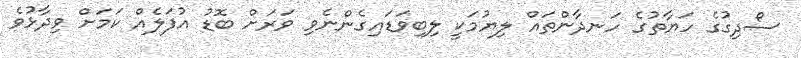
ސޯދިގުގެ ހަޔާތުގެ ހަނދާންތައް ލިޔުމަކީ ލިބިވަޑައިގެންނެވި ވަރަށް ބޮޑު އުފަލެއް ކަމަށް ވިދާޅުވެ